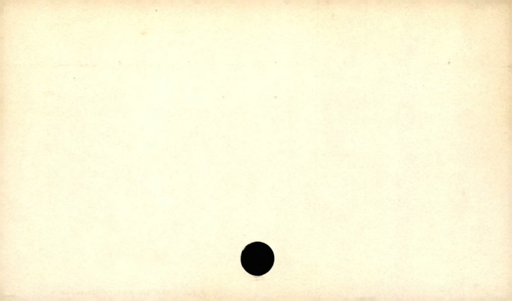
Label: blank